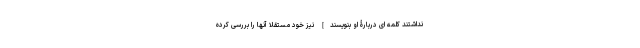
نداشتند کلمه ای دربارۀ او بنویسند] نیز خود مستقلا آنها را بررسی کرده